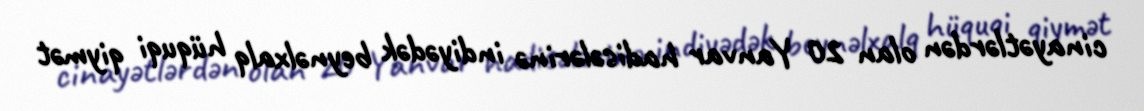
cinayətlərdən olan 20 Yanvar hadisələrinə indiyədək beynəlxalq hüquqi qiymət